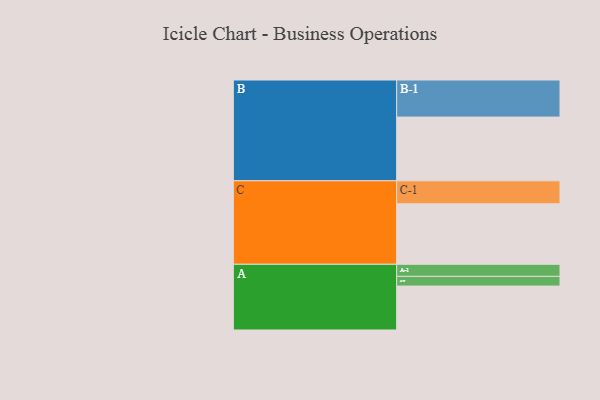
{"axis": {"x": "Segment", "y": "Value"}, "legend": ["", "A", "B", "C"], "data": [{"x": "A", "y": 353, "type": ""}, {"x": "B", "y": 512, "type": ""}, {"x": "C", "y": 486, "type": ""}, {"x": "A-1", "y": 97, "type": "A"}, {"x": "A-2", "y": 78, "type": "A"}, {"x": "B-1", "y": 298, "type": "B"}, {"x": "C-1", "y": 185, "type": "C"}]}